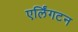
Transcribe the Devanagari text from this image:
एर्लिंगटन